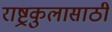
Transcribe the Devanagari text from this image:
राष्ट्रकुलासाठी